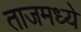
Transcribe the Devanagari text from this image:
ताजमध्ये